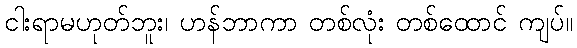
ငါးရာမဟုတ်ဘူး၊ ဟန်ဘာကာ တစ်လုံး တစ်ထောင် ကျပ်။